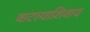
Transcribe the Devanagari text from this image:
वाटल्याशिवाय